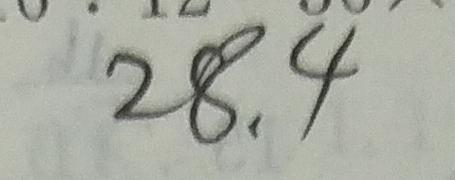
2 8 . 4